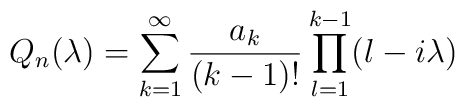
Q_n(\lambda )=\sum_{k=1}^\infty \frac{a_k}{(k-1)!}\prod_{l=1}^{k-1}(l -i\lambda)